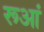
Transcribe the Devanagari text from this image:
रूआं